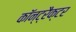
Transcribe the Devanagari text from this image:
कॉन्ट्रैक्टर